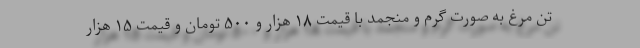
تن مرغ به صورت گرم و منجمد با قیمت ۱۸ هزار و ۵۰۰ تومان و قیمت ۱۵ هزار